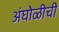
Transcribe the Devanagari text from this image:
अंघोळीची